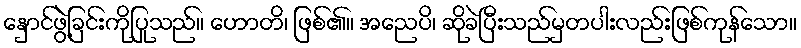
နှောင်ဖွဲ့ခြင်းကိုပြုသည်။ ဟောတိ၊ ဖြစ်၏။ အညေပိ၊ ဆိုခဲပြီးသည်မှတပါးလည်းဖြစ်ကုန်သော။